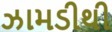
ઝામડીથી